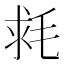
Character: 𣭳